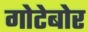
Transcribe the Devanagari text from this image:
गोटेबोर